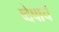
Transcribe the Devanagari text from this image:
व्देषाचं